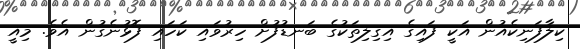
ކިލާފަނިކެއުން އަކީ ފައިގެ އިގިލިތަކުގެ ބަނޑުފުށް ހިރުވައި ކަހައި ފޮޅުނެގުން އެވެ. މިއީ